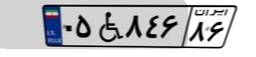
۰۵W۸۴۶۸۶